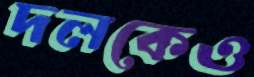
দলকেও